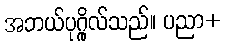
အဘယ်ပုဂ္ဂိုလ်သည်။ ပညာ+